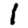
Digit: 1